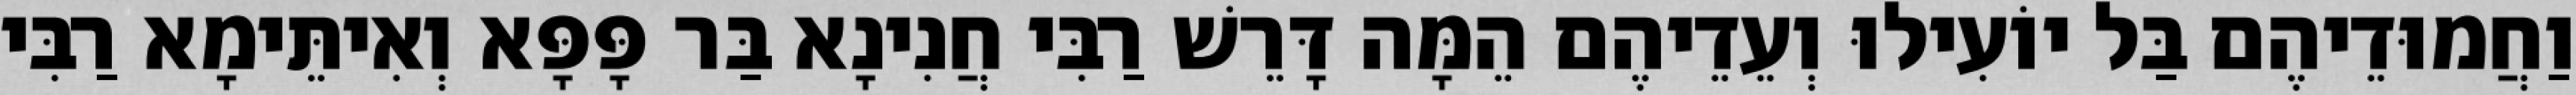
וַחֲמוּדֵיהֶם בַּל יוֹעִילוּ וְעֵדֵיהֶם הֵמָּה דָּרֵשׁ רַבִּי חֲנִינָא בַּר פָּפָּא וְאִיתֵּימָא רַבִּי